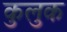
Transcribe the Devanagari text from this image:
कुलुक